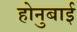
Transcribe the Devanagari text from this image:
होनुबाई